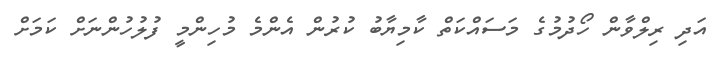
އަދި ރިލްވާން ހޯދުމުގެ މަސައްކަތް ކާމިޔާބު ކުރުން އެންމެ މުހިންމީ ފުލުހުންނަށް ކަމަށް